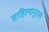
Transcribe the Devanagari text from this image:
साहित्यानुराग